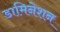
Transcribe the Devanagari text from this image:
डामिनेशन